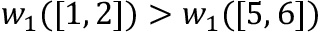
w _ { 1 } ( [ 1 , 2 ] ) > w _ { 1 } ( [ 5 , 6 ] )